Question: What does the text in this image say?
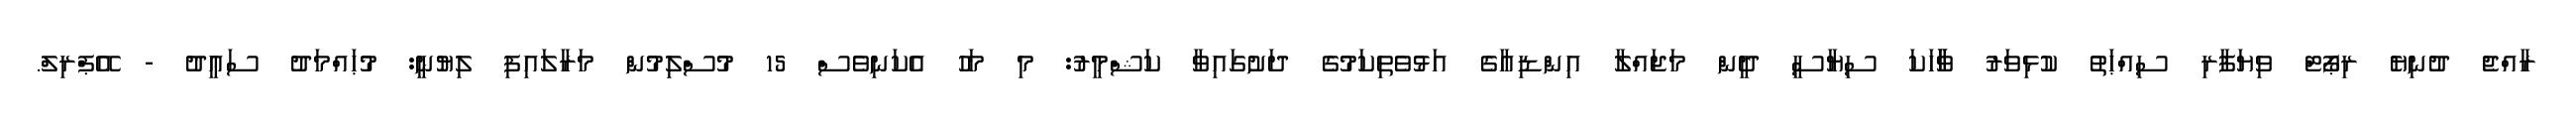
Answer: ރާއްޖެ ދުނިޔެ ރިޕޯޓް ވިޔަފާރި ސިއްޙަތު ކުޅިވަރު ވާާހަކަ ސިޔާސީ ދީން މަޖައްލާ އިންޑިއާގެ އަޅުވެތިކަމުގެ ދަށުގައިވާ ކަޝްމީރު: މި މަހު އެކަނިވެސް 15 މުސްލިމުން މަރާލައިފި ލިޔުނީ: މުޙައްމަދު ސަޢީދު - އޭޕްރިލް.